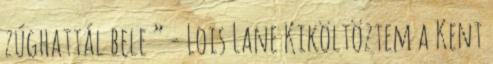
zúghattál bele ” - Lois Lane Kiköltöztem a Kent